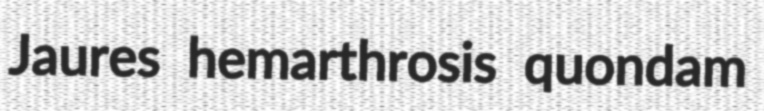
Jaures hemarthrosis quondam